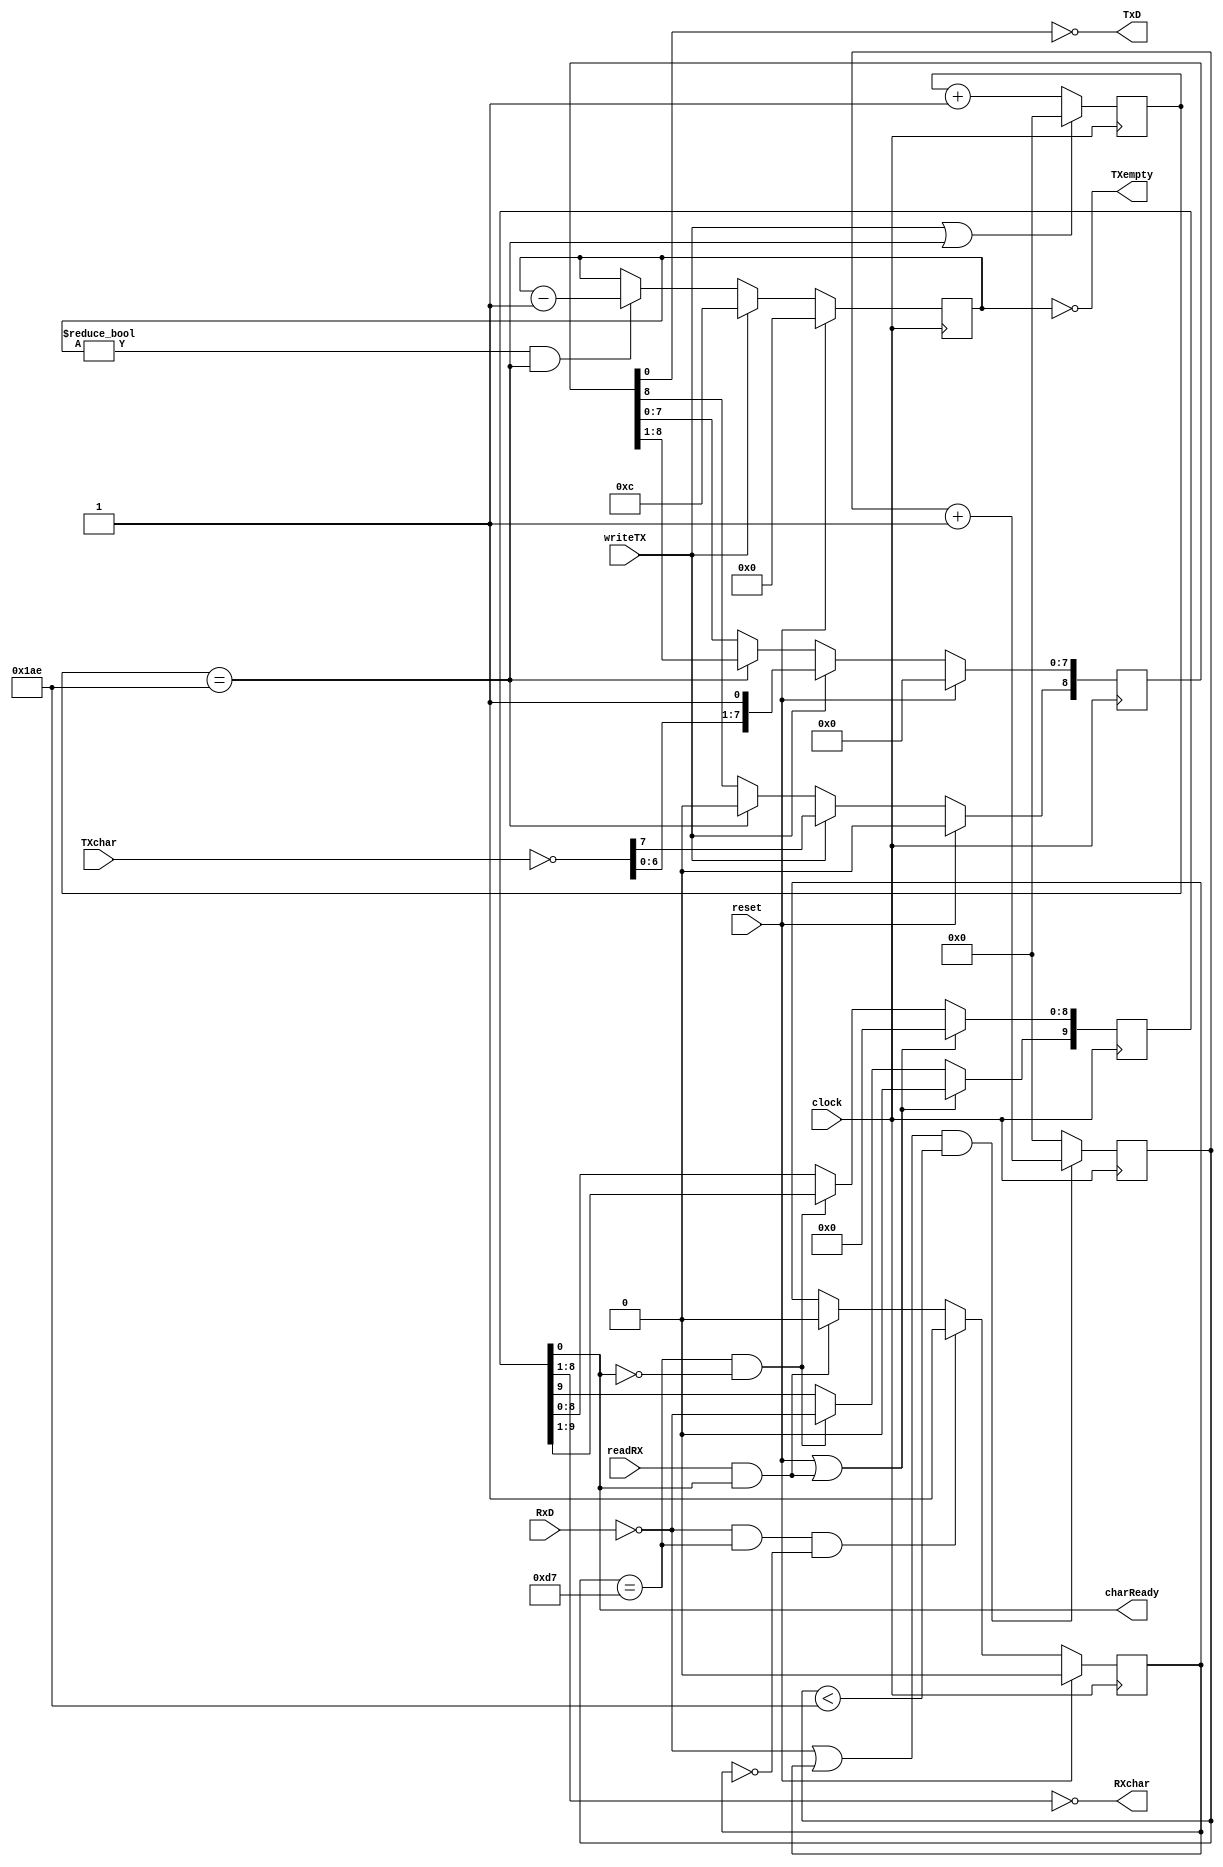
`timescale 1ns / 1ps
module rs232a(

input clock,
input reset,

//The RS232 implements a 115,200 bps, 8 data bits, one stop bit UART.
//Reading from the receiver returns the character and charReady.
//If charReady is true when the receiver is read, it is cleared.

input readRX,
output [7:0] RXchar, //the character if charReady else undefined
output charReady,    //skip condition

//Reading from the transmitter returns TXempty (a skip condition)
//Writing to the the transmitter clears TXempty and transmits TXchar.

output TXempty,     //the transmitter is ready for a character
input writeTX,      //TXchar contains the character to transmit.
input [7:0] TXchar,

input RxD,
output TxD

);

wire runCounter;
wire midBit;
reg [10:0] bitCounter;
reg [10:0] txCounter; //one bit time
reg [3:0] bitCnt; //transmit bit counter
reg [8:0] txData; //transmit shift register
reg [9:0] sr;     //receive shift register
reg run;

parameter RxBitTime = 430; //8600ns / 20.0 ns
//Usually, RxBitTime and TxBitTime are the same.  For debugging, they can be different.
parameter TxBitTime = 430;

/*
Initially run = bitCounter = sr = 0.  When RxD falls, bitCount increments.  If RxD is still
0 at midBit, run is set.  This keeps bitCount advancing through 0..BitTime ulntil run falls,
which occurs when the start bit shifts into sr[0].  The shift register samples every midBit.
The character is ~sr[8:1].  When the system reads the character, 
if sr[0] = 1, the shift register is cleared.
*/

  assign RXchar = ~sr[8:1];
  assign charReady = sr[0];
  assign runCounter = ~RxD | run;
  assign midBit = bitCounter == RxBitTime/2;  
  
  always @(posedge clock)  //the bitCounter
    if(runCounter & (bitCounter < RxBitTime)) bitCounter <= bitCounter + 1;
    else bitCounter <= 0;
    
  always @(posedge clock) // the run flipflop
    if(reset) run <= 0;
    else if(~RxD & midBit & ~run) run <= 1;
    else if(readRX & sr[0]) run <= 0;
    
  always @(posedge clock)
    if(reset | (readRX & sr[0])) sr <= 0;
    else if(midBit & ~sr[0]) begin
      sr[8:0] <= sr[9:1]; //right shift
      sr[9] <= ~RxD; //sample the input
    end
 
 
  /* The transmitter.  A 10 bit shift register, 
  a counter to count one bit time, and a 4 bit counter to send 10 bits (start, 8 data, stop)
  */

  assign TXempty = (bitCnt == 0);
  assign TxD = ~txData[0];

  always @(posedge clock)
    if(reset) bitCnt <= 0;
	 else begin
      if (writeTX) bitCnt <= 12;
	   else if((bitCnt != 0) & (txCounter == TxBitTime)) bitCnt <= bitCnt - 1;
	 end
	 
    always @(posedge clock)
	   if (writeTX | (txCounter == TxBitTime)) txCounter <= 0;
	   else txCounter <= txCounter + 1;
		
    always @(posedge clock)
	   if(reset) txData <= 0;
		else begin
	     if (writeTX) txData <= {~TXchar, 1'b1};
        else if (txCounter == TxBitTime) begin
          txData[8] <= 1'b0;
          txData[7:0] <= txData[8:1]; ///right shift
        end
	  end

 endmodule